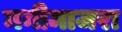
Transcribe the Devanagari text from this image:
मनीमाजरा